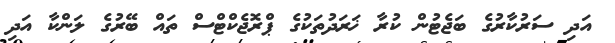
އަދި ސަރުކާރުގެ ބަޖެޓުން ކުރާ ޚަރަދުތަކުގެ ޕްރޮޖެކްޓްސް ތައް ބޭރުގެ ލަންކާ އަދި